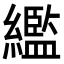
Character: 繿